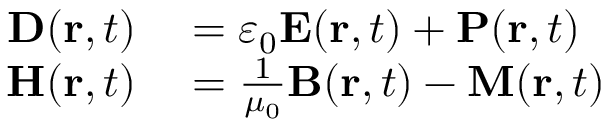
\begin{array} { r l } { \mathbf { D } ( \mathbf { r } , t ) } & { { } = \varepsilon _ { 0 } \mathbf { E } ( \mathbf { r } , t ) + \mathbf { P } ( \mathbf { r } , t ) } \\ { \mathbf { H } ( \mathbf { r } , t ) } & { { } = { \frac { 1 } { \mu _ { 0 } } } \mathbf { B } ( \mathbf { r } , t ) - \mathbf { M } ( \mathbf { r } , t ) } \end{array}